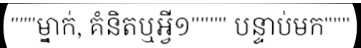
"""ម្នាក់, គំនិតឬអ្វី១"""" បន្ទាប់មក"""